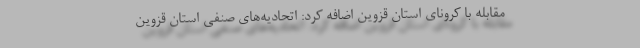
مقابله با کرونای استان قزوین اضافه کرد: اتحادیه‌های صنفی استان قزوین